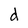
Character: d